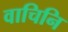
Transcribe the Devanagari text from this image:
वाचिनि